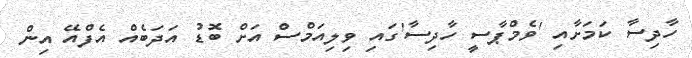
ހާދިސާ ކަމަށާއި 'ވެމްޕާސީ ހާދިސާ'ގައި ވިލިއަމްސް އަށް ބޮޑު އަދަބެއް އެފްއޭ އިން